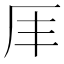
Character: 𠨵